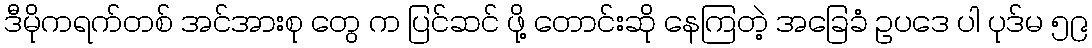
ဒီမိုကရက်တစ် အင်အားစု တွေ က ပြင်ဆင် ဖို့ တောင်းဆို နေကြတဲ့ အခြေခံ ဥပဒေ ပါ ပုဒ်မ ၅၉